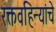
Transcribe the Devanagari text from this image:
रक्तवहिन्यांचे